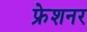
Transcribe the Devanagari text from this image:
फ्रेशनर